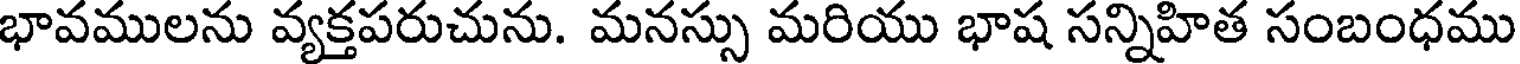
భావములను వ్యక్తపరుచును. మనస్సు మరియు భాష సన్నిహిత సంబంధము